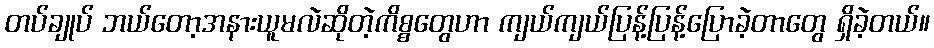
တပ်ချုပ် ဘယ်တော့အနားယူမလဲဆိုတဲ့ကိစ္စတွေဟာ ကျယ်ကျယ်ပြန့်ပြန့်ပြောခဲ့တာတွေ ရှိခဲ့တယ်။